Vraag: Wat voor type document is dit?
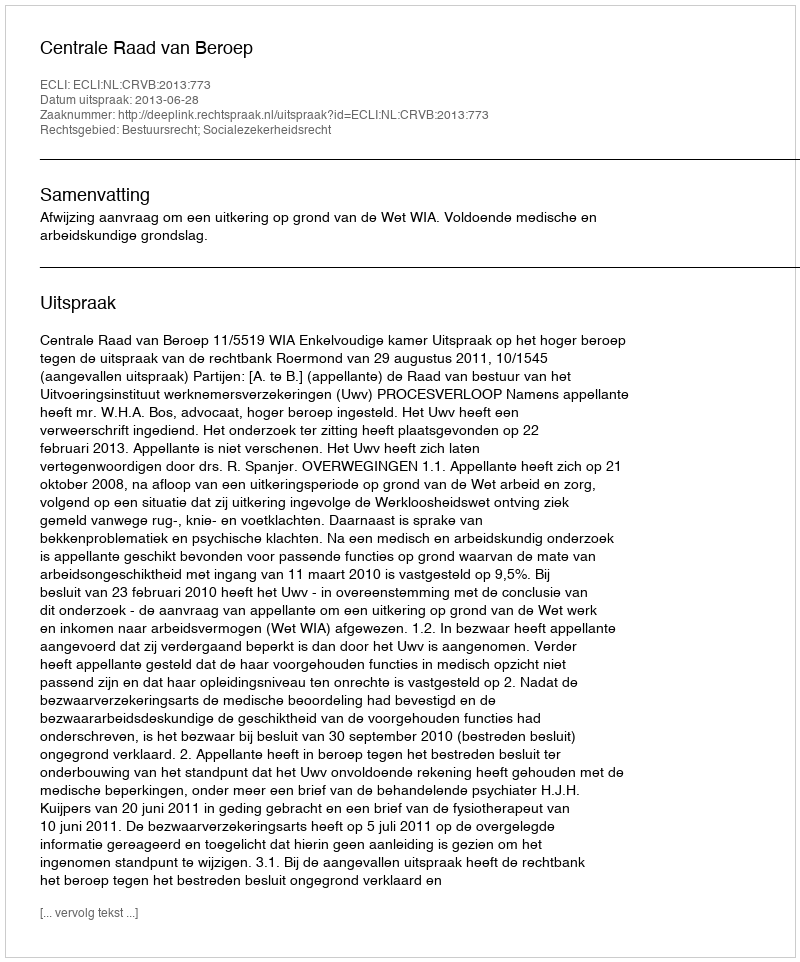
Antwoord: Uitspraak